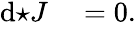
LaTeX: \begin{array}{rl}{\mathrm{d}{\star J}}&{{}=0.}\end{array}